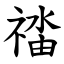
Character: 䄕